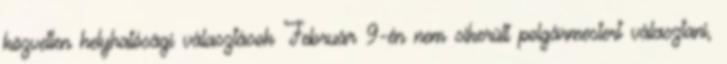
közvetlen helyhatósági választások Február 9-én nem sikerült polgármestert választani,